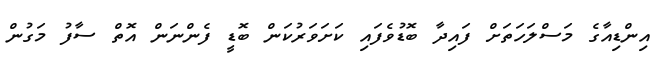
އިންޑިއާގެ މަސްލަހަތަށް ފައިދާ ބޮޑުވެފައި ކަށަވަރުކަން ބޮޑީ ފެންނަން އޮތް ސާފު މަގުން